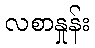
လစာနှုန်း